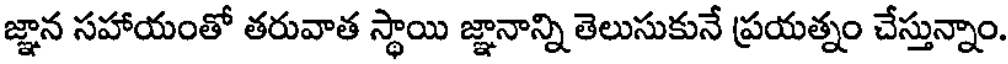
జ్ఞాన సహాయంతో తరువాత స్థాయి జ్ఞానాన్ని తెలుసుకునే ప్రయత్నం చేస్తున్నాం.